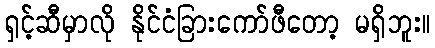
ရှင့်ဆီမှာလို နိုင်ငံခြားကော်ဖီတော့ မရှိဘူး။